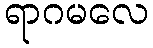
ရာဂမလေ